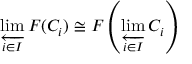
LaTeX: \varprojlim _ { i \in I } F ( C _ { i } ) \cong F \left( \varprojlim _ { i \in I } C _ { i } \right)